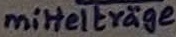
Text: mittelträge